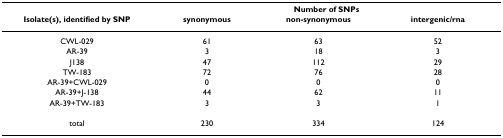
<table><thead><tr><td></td><td colspan="3"><b>Number of SNPs</b></td></tr><tr><td><b>Isolate(s), identified by SNP </b></td><td><b>synonymous</b></td><td><b>non-synonymous</b></td><td><b>intergenic/rna</b></td></tr></thead><tbody><tr><td>CWL-029</td><td>61</td><td>63</td><td>52</td></tr><tr><td>AR-39</td><td>3</td><td>18</td><td>3</td></tr><tr><td>J138</td><td>47</td><td>112</td><td>29</td></tr><tr><td>TW-183</td><td>72</td><td>76</td><td>28</td></tr><tr><td>AR-39+CWL-029</td><td>0</td><td>0</td><td>0</td></tr><tr><td>AR-39+J-138</td><td>44</td><td>62</td><td>11</td></tr><tr><td>AR-39+TW-183</td><td>3</td><td>3</td><td>1</td></tr><tr><td>total</td><td>230</td><td>334</td><td>124</td></tr></tbody></table>